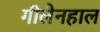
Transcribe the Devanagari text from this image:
गीलेनहाल